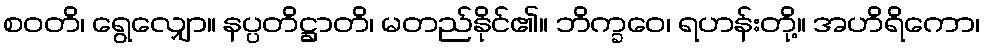
စဝတိ၊ ရွေလျှော။ နပ္ပတိဋ္ဌာတိ၊ မတည်နိုင်၏။ ဘိက္ခဝေ၊ ရဟန်းတို့။ အဟိရိကော၊